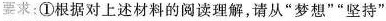
要求；①根据对上述材料的阅读理解，请从”梦想””坚持”